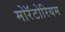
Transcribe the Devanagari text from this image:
मोरॅटोरियम